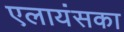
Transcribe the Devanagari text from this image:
एलायंसका